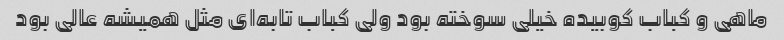
ماهی و‌ کباب کوبیده خیلی سوخته بود ولی کباب تابه‌ای مثل همیشه عالی بود